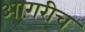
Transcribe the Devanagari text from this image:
आगरीच